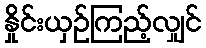
နှိုင်းယှဉ်ကြည့်လျှင်